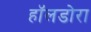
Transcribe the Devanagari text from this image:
हॉलडोरा